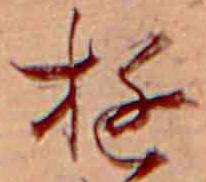
ゆ